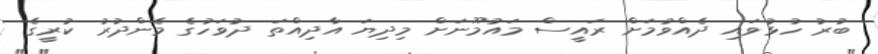
ބުރު ހުޅުވައި ދެއްވުމަށް ރައީސް މައުމޫނަށް މިދިޔަ އާދިއްތަ ދުވަހުގެ މެންދުރު ކުރީގެ